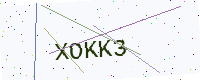
Text: XOKK3